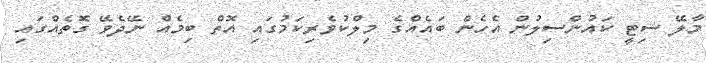
މާލޭ ސިޓީ ކައުންސިލުން އެހެން ބައެއްގެ މިލްކުވެރިކަމުގައި އޮތް ބިމެއް ނޭދެވޭ ގޮތެއްގައި